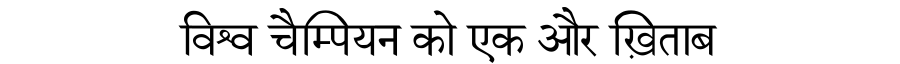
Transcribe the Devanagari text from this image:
विश्व चैम्पियन को एक और ख़िताब